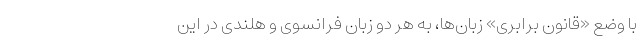
با وضع «قانون برابری» زبان‌ها، به هر دو زبان فرانسوی و هلندی در این